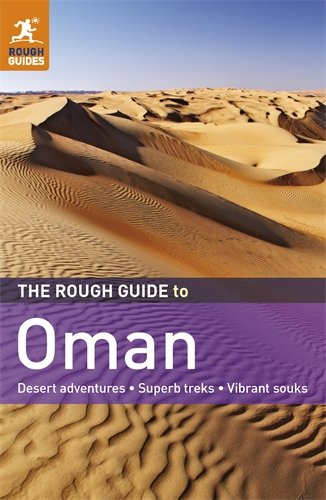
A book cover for The Rough Guide to Oman; Gavin Thomas; Travel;